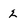
Character: 2